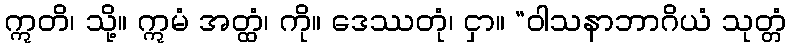
ဣတိ၊ သို့။ ဣမံ အတ္ထံ၊ ကို။ ဒေဿတုံ၊ ငှာ။ “ဝါသနာဘာဂိယံ သုတ္တံ